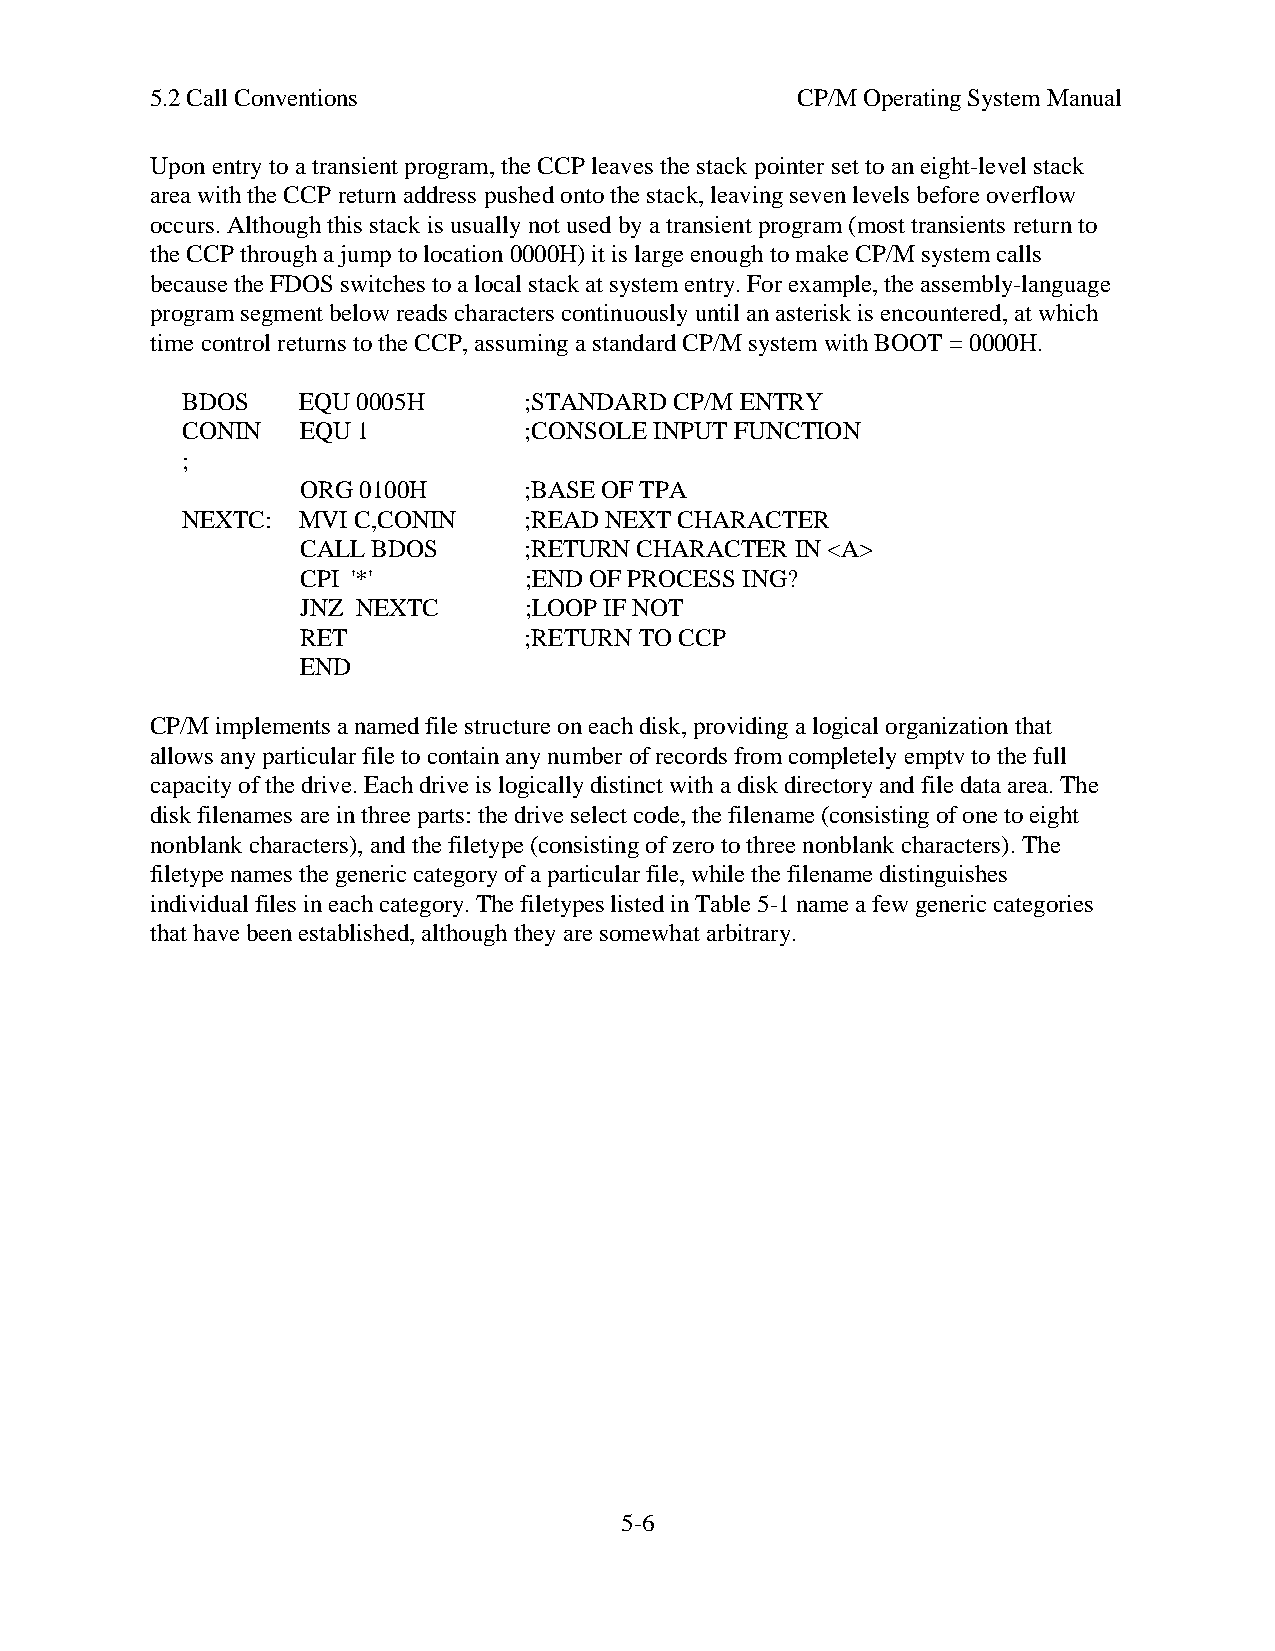
5.2 Call Conventions                       CP/M Operating System Manual
 Upon entry to a transient program, the CCP leaves the stack pointer set to an eight-level stack
 area with the CCP return address pushed onto the stack, leaving seven levels before overflow
 occurs. Although this stack is usually not used by a transient program (most transients return to
 the CCP through a jump to location 0000H) it is large enough to make CP/M system calls
 because the FDOS switches to a local stack at system entry. For example, the assembly-language
 program segment below reads characters continuously until an asterisk is encountered, at which
 time control returns to the CCP, assuming a standard CP/M system with BOOT = 0000H.
 BDOS    EQU 0005H      ;STANDARD CP/M ENTRY
 CONIN   EQU 1          ;CONSOLE INPUT FUNCTION
 ;
 ORG 0100H      ;BASE OF TPA
 NEXTC:  MVI C,CONIN    ;READ NEXT CHARACTER
 CALL BDOS      ;RETURN CHARACTER IN <A>
 CPI '*'        ;END OF PROCESS ING?
 JNZ NEXTC      ;LOOP IF NOT
 RET            ;RETURN TO CCP
 END
 CP/M implements a named file structure on each disk, providing a logical organization that
 allows any particular file to contain any number of records from completely emptv to the full
 capacity of the drive. Each drive is logically distinct with a disk directory and file data area. The
 disk filenames are in three parts: the drive select code, the filename (consisting of one to eight
 nonblank characters), and the filetype (consisting of zero to three nonblank characters). The
 filetype names the generic category of a particular file, while the filename distinguishes
 individual files in each category. The filetypes listed in Table 5-1 name a few generic categories
 that have been established, although they are somewhat arbitrary.
 5-6